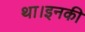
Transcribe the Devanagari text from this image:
था।इनकी